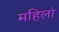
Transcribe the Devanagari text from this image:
महिलां